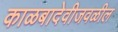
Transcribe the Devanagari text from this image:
काळबादेवीजवळील